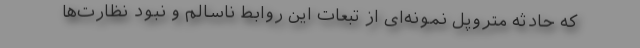
که حادثه متروپل نمونه‌ای از تبعات این روابط ناسالم و نبود نظارت‌ها